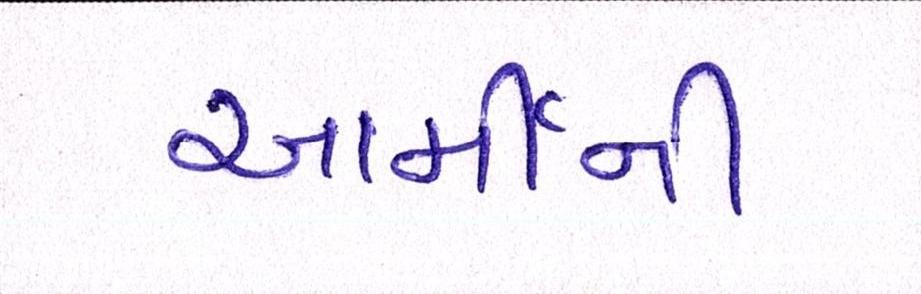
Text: આર્મીની